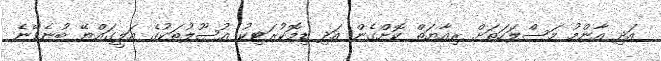
އަދި އާންމު މަސްލަހަތަށް ރިއާޔަތް ކޮށްގެން އަދި ޑިމޮކުރަޓިކު އުސޫލުތަކުގެ އަލީގައްޔޭ ބުނެވޭނެ